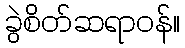
ခွဲစိတ်ဆရာဝန်။